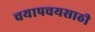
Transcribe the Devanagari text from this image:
चयापचयसाठी